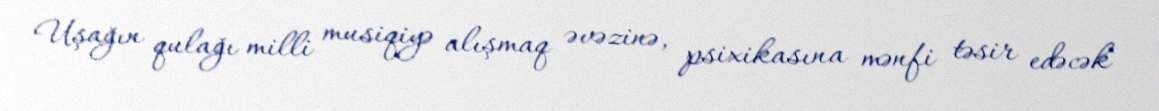
Uşağın qulağı milli musiqiyə alışmaq əvəzinə, psixikasına mənfi təsir edəcək